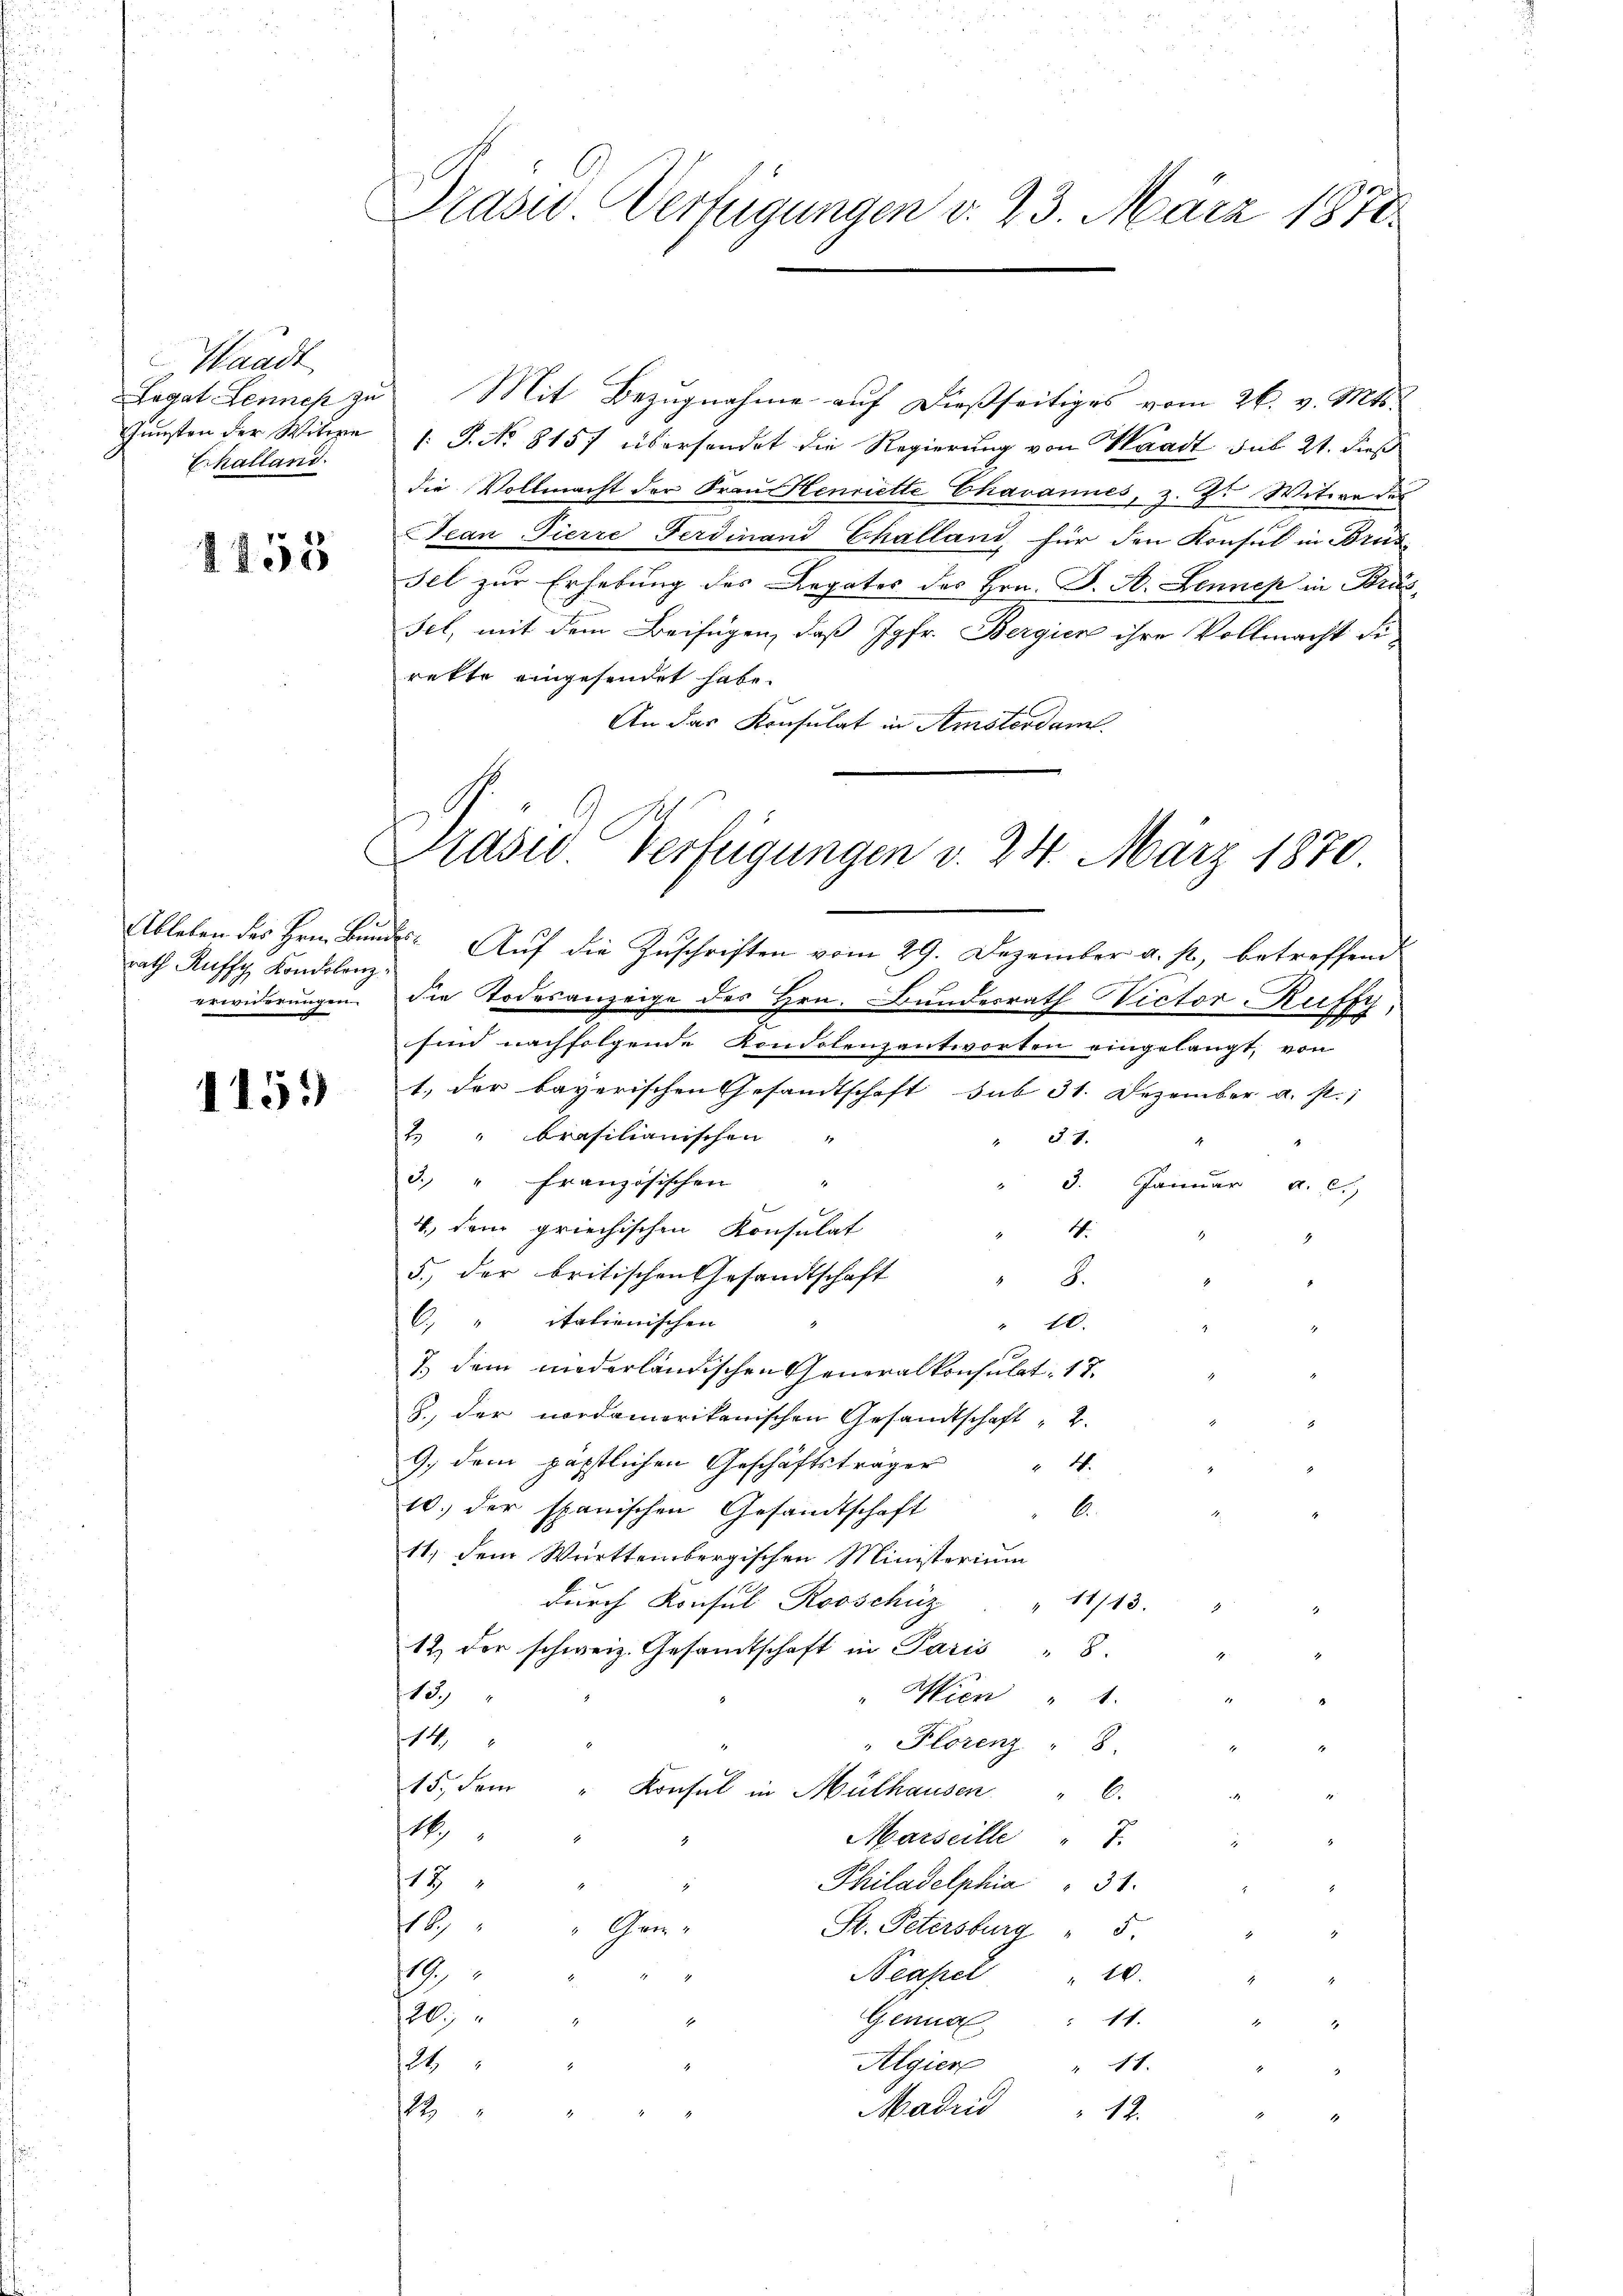
.
u
d

Waadt
Challand.

1455

rath Ruffy Kondolenz
erwiderungen.

115.

Prasus Verfügungen v. 23. März 1878.

Legat Lennes zu Mit Bezugnahme auf dießseitiges vom 26. v. Mts.
Gŭnsten der Witwe 1. J. No. 815 übersendet die Regierŭng von Waadt sub 21. dieß
die Vollmacht der Frau Henriette Chavannes, z. Z. Witwe der
Jean Pierre Ferdinand Challand, für den Konsul in Brus
Fel zur Erhebung des Legates des Hrn. J. A. Bennep in Brus
Fel, mit dem Beifügen, daß Jgfr. Bergick ihre Vollmacht di-
rekte eingesendet habe.
An das Konsulat in Amsterdam.
Ableben des Hrn. Bundes. Auf die Zuschriften vom 29. Dezember a. p., betreffend
die Todesanzeige des Hrn. Bundesrath Victor Ruffy,
sind nachfolgende Kondolenzantworten eingelangt, von
1.) der bayerischen Gesandtschaft sub 31. Dezember a. p.)
2 " brasilianischen
" 87.
3. " französischen
" 3. Januar a. c.,
4., dem griechischen Konsulat
1.
E
5., der britischen Gesandtschaft
S.
C) " itationischen
10.
7. dem niderländischen Generalkonsulat. 17.
8. der nordamerikanischen Gesandtschaft " 2.
9. dem päpstlichen Geschäftsträger " 4.
10. der spanischen Gesandtschaft
A.
11) dem Württembergischen Ministerium
durch Konsul Rooschüz
11743. " " 2
12. der schweiz. Gesamtschaft in Paris " 8.
13.)
Wien " 1.

2
14
" Florenz " 8.
15. Sein
Konsul in Mülhausen
l.
¬
1
Marseille " 7.
.
118
Philadelphia " 31.
118
"Gam-
St. Petersburg " 5.
Neapel
1
" 10.
20.)
Genua : 11.
3
Algier
24
"11.
Madrid " 12.
12
4
d

Präsid. Verfügungen v. 24. März 1870.